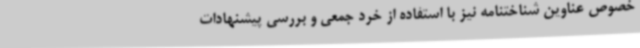
خصوص عناوین شناختنامه نیز با استفاده از خرد جمعی و بررسی پیشنهادات